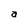
Character: a